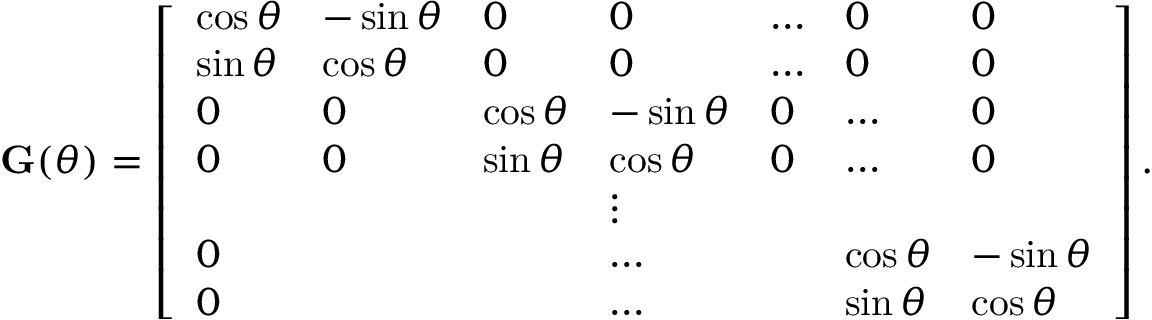
\mathbf G ( \theta ) = \left[ \begin{array} { l l l l l l l } { \cos { \theta } } & { - \sin { \theta } } & { 0 } & { 0 } & { \dots } & { 0 } & { 0 } \\ { \sin { \theta } } & { \cos { \theta } } & { 0 } & { 0 } & { \dots } & { 0 } & { 0 } \\ { 0 } & { 0 } & { \cos { \theta } } & { - \sin { \theta } } & { 0 } & { \dots } & { 0 } \\ { 0 } & { 0 } & { \sin { \theta } } & { \cos { \theta } } & { 0 } & { \dots } & { 0 } \\ & & & { \vdots } \\ { 0 } & & & { \dots } & & { \cos { \theta } } & { - \sin { \theta } } \\ { 0 } & & & { \dots } & & { \sin { \theta } } & { \cos { \theta } } \end{array} \right] .